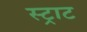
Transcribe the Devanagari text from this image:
स्ट्राट